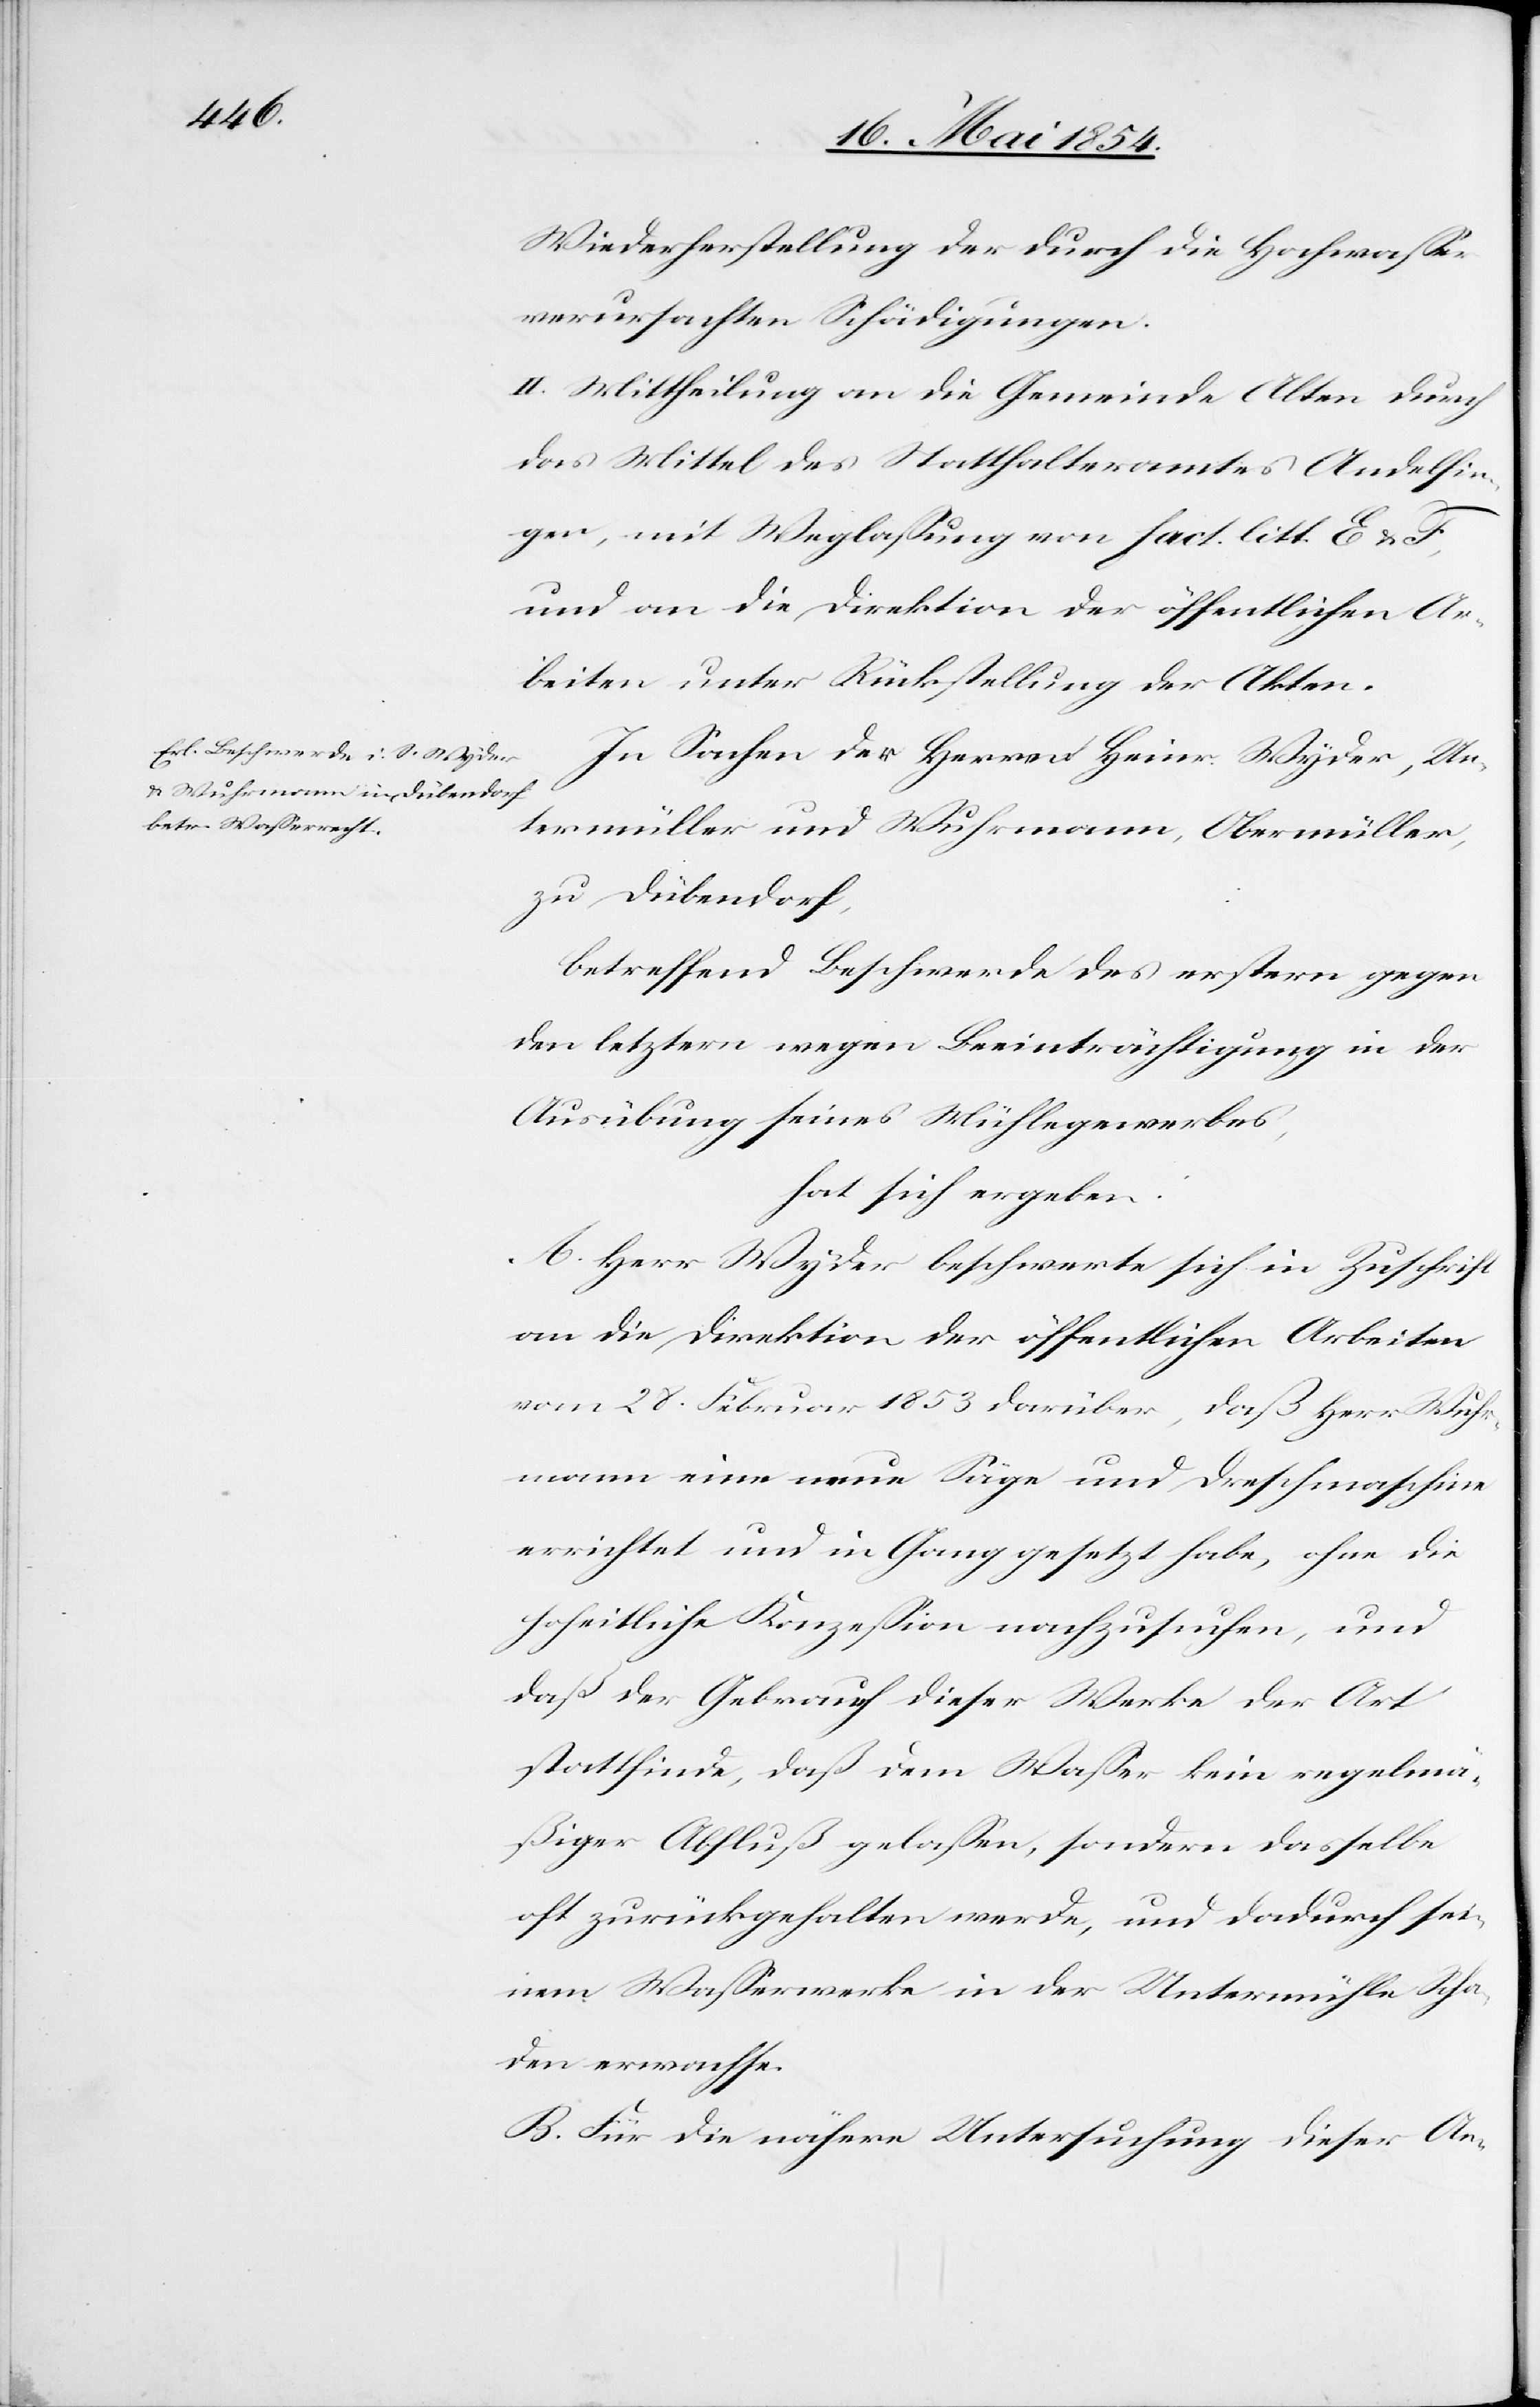
Wiederherstellung der durch die Hochwaßer
verursachten Schädigungen.
II. Mittheilung an die Gemeinde Alten durch
das Mittel des Statthalteramtes Andelfin¬
gen, mit Weglaßung von fact. litt. E u.
und an die Direktion der öffentlichen Ar¬
beiten unter Rückstellung der Akten.
In Sachen der Herren Heinr. Wyder, Un¬
termüller und Wuhrmann, Obermüller,
zu Dübendorf,
betreffend Beschwerde des erstern gegen
den letztern wegen Beeinträchtigung in der
Ausübung seines Mühlegewerbes,
hat sich ergeben:
A. Herr Wyder beschwerte sich in Zuschrift
an die Direktion der öffentlichen Arbeiten
vom 28. Februar 1853 darüber, daß Herr Wuhr¬
mann eine neue Säge und Dreschmaschine
errichtet und in Gang gesetzt habe, ohne die
hoheitliche Konzeßion nachzusuchen, und
daß der Gebrauch dieser Werke der Art
stattfinde, daß dem Waßer kein regelmä¬
ßiger Abfluß gelaßen, sondern dasselbe
oft zurückgehalten werde, und dadurch sei¬
nem Waßerwerke in der Untermühle Scha¬
den erwachse.
B. Für die nähere Untersuchung dieser An-